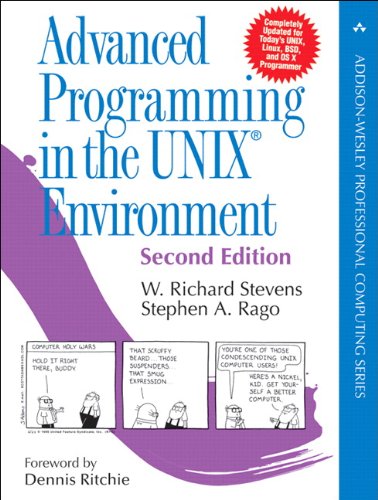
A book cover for Advanced Programming in the UNIX Environment (2nd Edition); W. Richard Stevens; Computers & Technology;